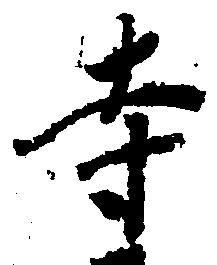
寺